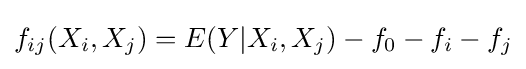
f_{ij}(X_{i},X_{j})=E(Y|X_{i},X_{j})-f_{0}-f_{i}-f_{j}